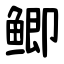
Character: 鲫